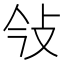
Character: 㪁